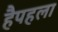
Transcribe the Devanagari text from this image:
हैपहला